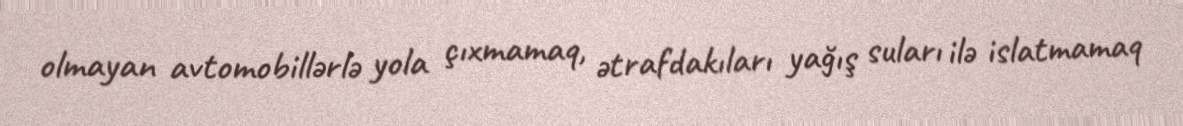
olmayan avtomobillərlə yola çıxmamaq, ətrafdakıları yağış suları ilə islatmamaq